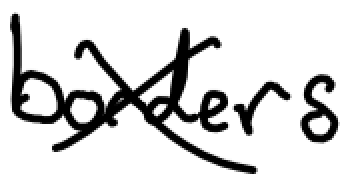
Text: borders.
Cross-out: cross
Writing tool: digital_black